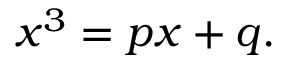
x ^ { 3 } = p x + q .